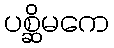
ပစ္ဆိမကေ